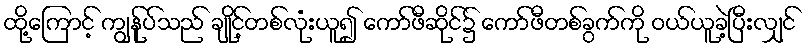
ထို့ကြောင့် ကျွန်ုပ်သည် ချိုင့်တစ်လုံးယူ၍ ကော်ဖီဆိုင်၌ ကော်ဖီတစ်ခွက်ကို ဝယ်ယူခဲ့ပြီးလျှင်